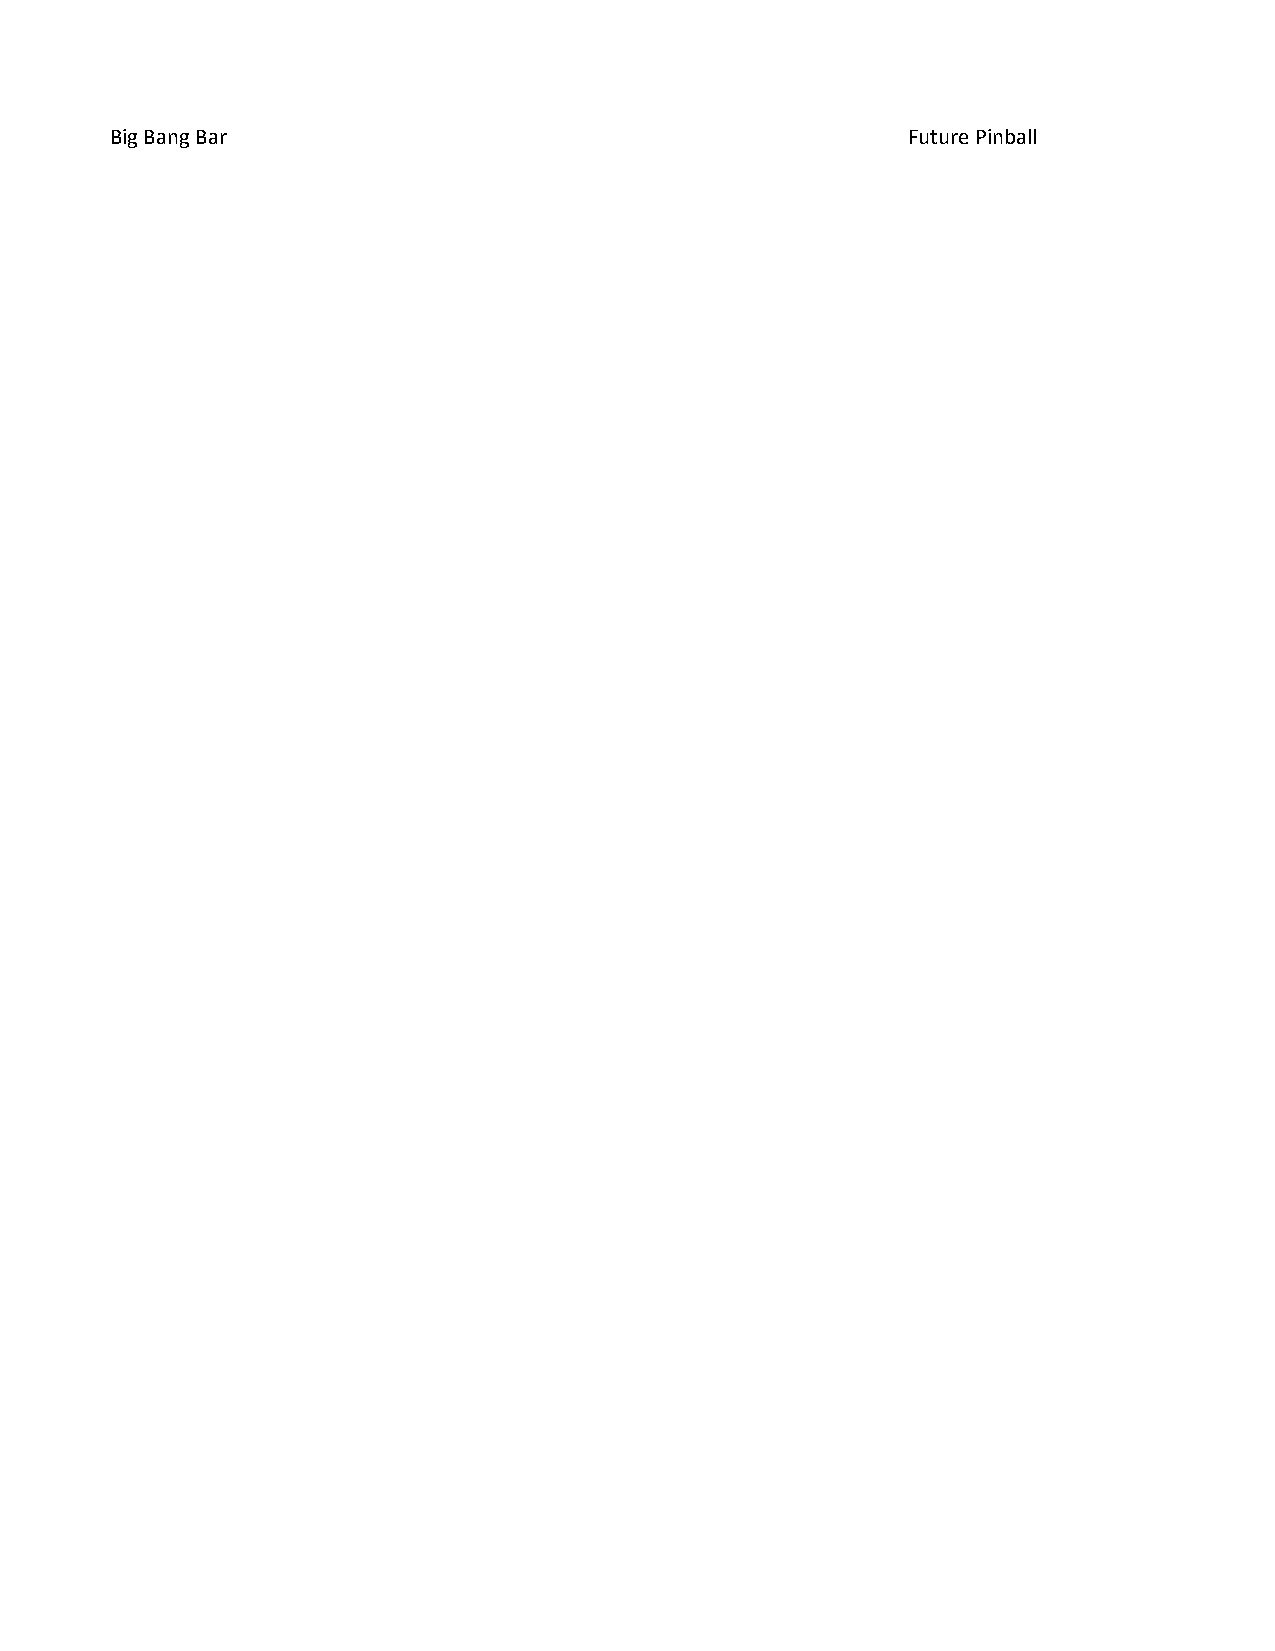
Big Bang Bar                                         Future Pinball